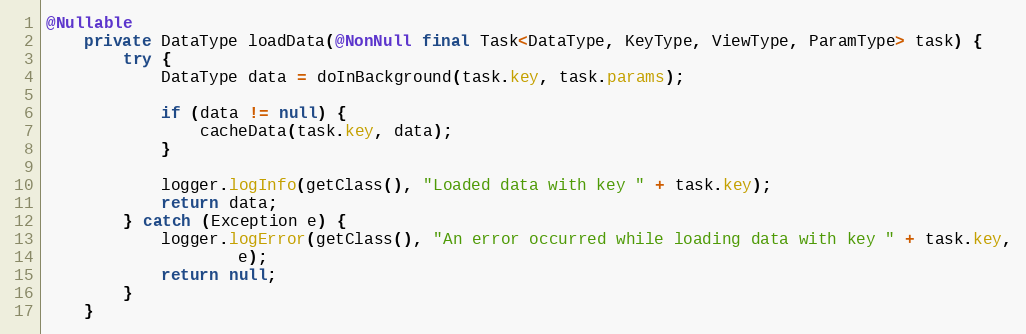
Language: Java
@Nullable
    private DataType loadData(@NonNull final Task<DataType, KeyType, ViewType, ParamType> task) {
        try {
            DataType data = doInBackground(task.key, task.params);

            if (data != null) {
                cacheData(task.key, data);
            }

            logger.logInfo(getClass(), "Loaded data with key " + task.key);
            return data;
        } catch (Exception e) {
            logger.logError(getClass(), "An error occurred while loading data with key " + task.key,
                    e);
            return null;
        }
    }